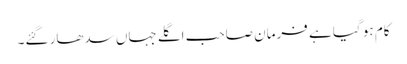
کام ہو گیا ہے فرمان صاحب اگلے جہاں سدھار گئے۔